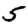
Digit: 5